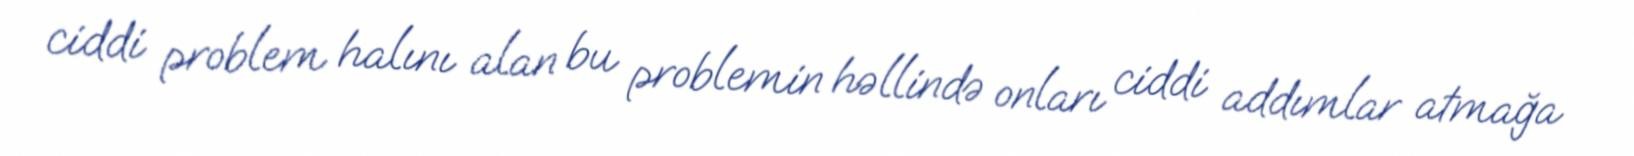
ciddi problem halını alan bu problemin həllində onları ciddi addımlar atmağa